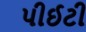
પીઈટી